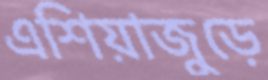
এশিয়াজুড়ে